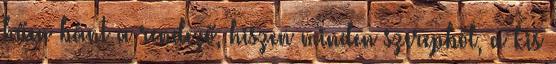
hűen bánt a rendező, hiszen minden szerepből, a kis